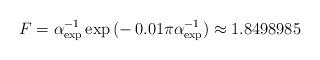
LaTeX: \begin{align*}F = \alpha_{\mathrm{exp}}^{-1}\exp{(-\,0.01\pi\alpha_{\mathrm{exp}}^{-1})} \approx 1.8498985 \end{align*}